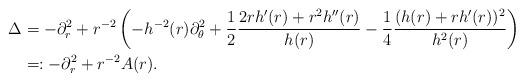
LaTeX: \begin{align*}\Delta&=-\partial^2_r+r^{-2}\left(-h^{-2}(r)\partial^2_\theta+\frac12\frac{2rh'(r)+r^2h''(r)}{h(r)}-\frac14\frac{(h(r)+rh'(r))^2}{h^2(r)}\right)\\&=:-\partial^2_r+r^{-2}A(r).\end{align*}